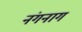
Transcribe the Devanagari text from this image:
नंगनाग